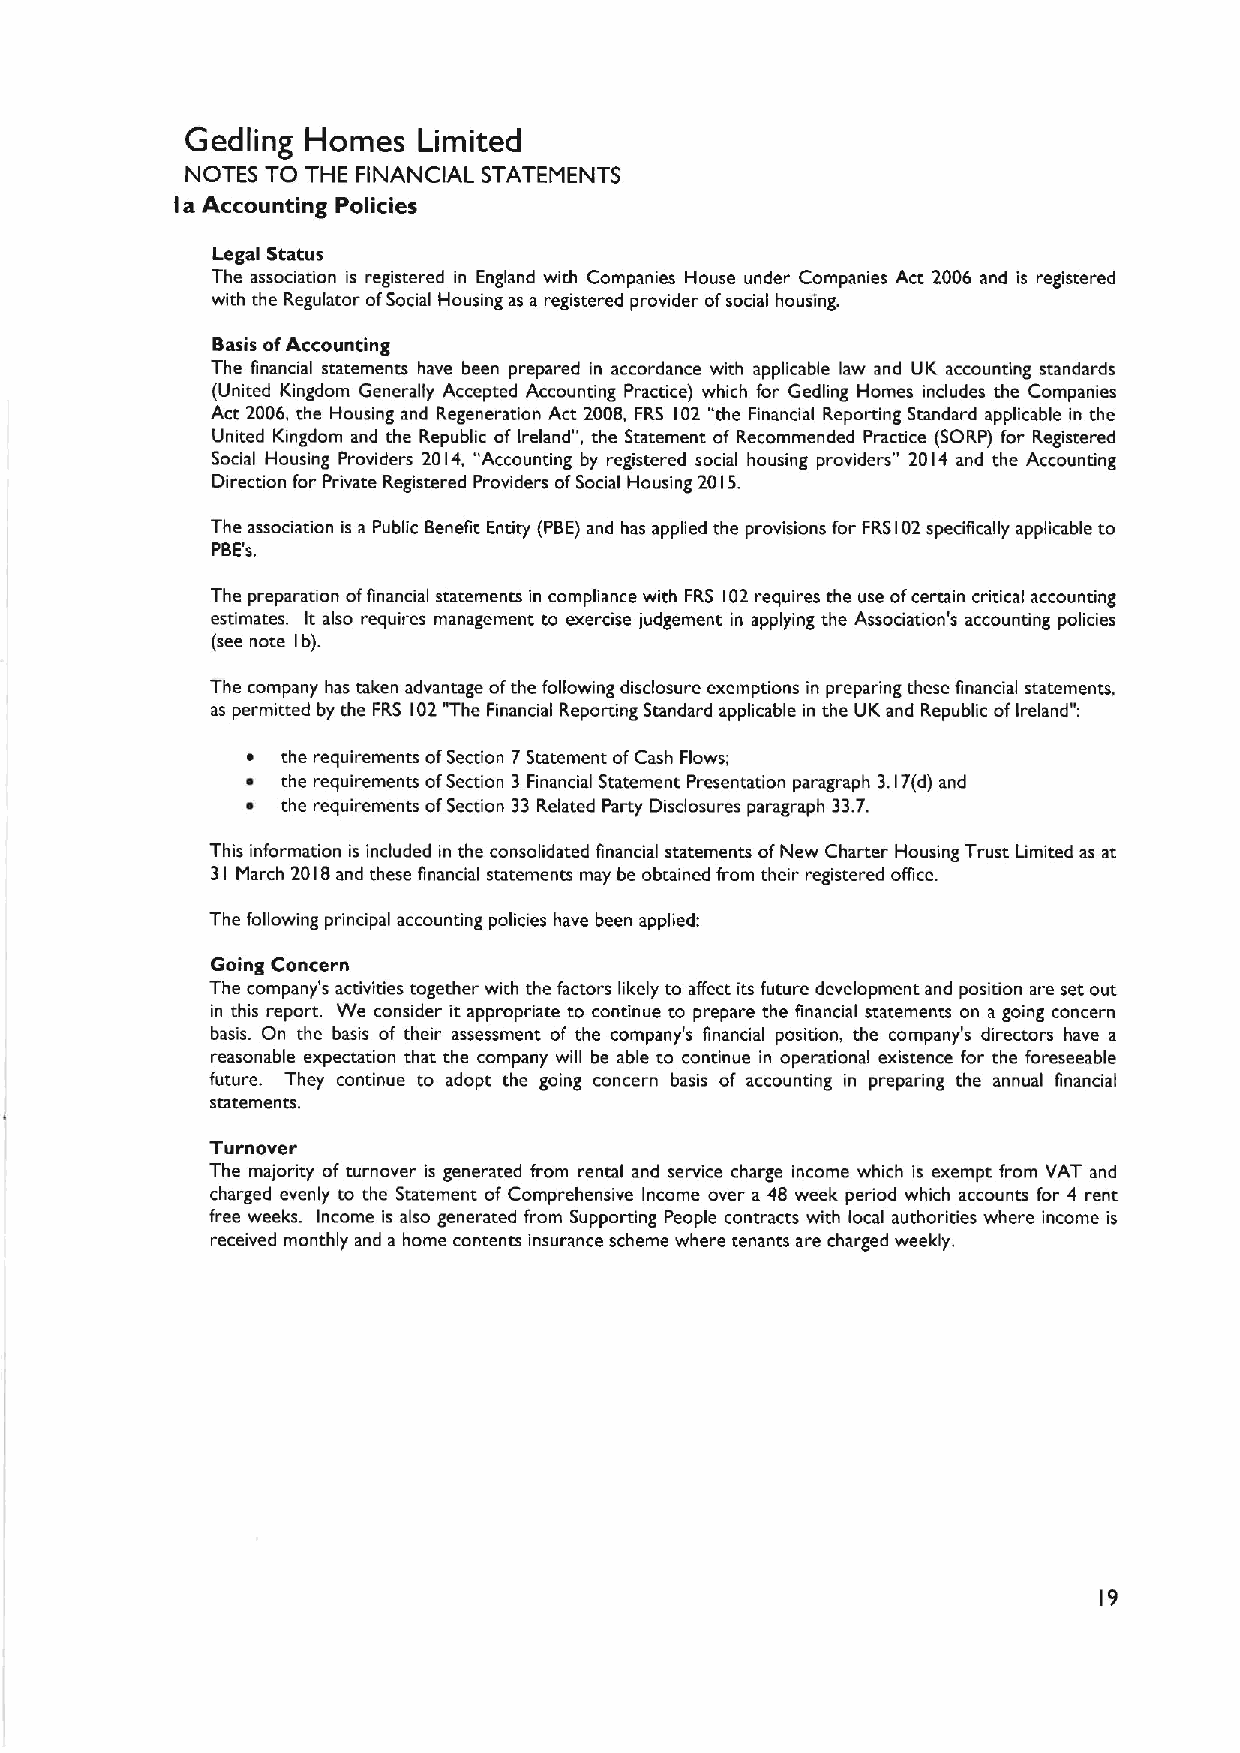
Gedling Homes   Limited
 NOTES TO THE FINANCIAL STATEMENTS
 a Accounting Policies
 I
 Legal Status
 The association is registered in England with Companies House under Companies Act 2006 and is registered
 with the Regulator ofSocial Housing as a registered provider ofsocial housing.
 Basis ofAccounting
 The financial statements have been prepared in accordance with applicable law and UK accounting standards
 (United Kingdom Generally Accepted Accounting Practice) which for Gedling Homes includes the Companies
 Act 2006, the Housing and Regeneration Act 2008, FRS 102 "the Financial Reporting Standard applicable in the
 United Kingdom and the Republic of Ireland", the Statement of Recommended Practice (SORP) for Registered
 Social Housing Providers 2014, "Accounting by registered social housing providers" 2014 and the Accounting
 Direction for Private Registered Providers ofSocial Housing 2015.
 The association is a Public Benefit Entity (PBE)and has applied the provisions for FRS I02specifically applicable to
 PBE's.
 The preparation offinancial statements in compliance with FRS 102requires the use ofcertain critical accounting
 estimates. It also requires management to exercise judgement in applying the Association's accounting policies
 (see note b).
 I
 The company has taken advantage ofthe following disclosure exemptions in preparing these financial statements,
 as permitted by the FRS 102"The Financial Reporting Standard applicable in the UK and Republic ofIreland":
 ~  the requirements ofSection 7Statement ofCash Flows;
 ~  the requirements ofSection 3 Financial Statement Presentation paragraph 3.17(d) and
 ~  the requirements ofSection 33 Related Party Disclosures paragraph 33.7.
 This information is included in the consolidated financial statements ofNew Charter Housing Trust Limited as at
 31 March 2018and these financial statements may be obtained from their registered office.
 The following principal accounting policies have been applied:
 Going Concern
 The company's activities together with the factors likely to affect its future development and position are set out.
 in this report. We consider it appropriate to continue to prepare the financial statements on a going concern
 basis. On the basis of their assessment of the company's financial position, the company's directors have a
 reasonable expectation that the company will be able to continue in operational existence for the foreseeable
 future. They continue to adopt the going concern basis of accounting in preparing the annual financial
 statements.
 Turnover
 The majority of turnover is generated from rental and service charge income which is exempt from VAT and
 charged evenly to the Statement of Comprehensive Income over a 48 week period which accounts for 4 rent
 free weeks. Income is also generated from Supporting People contracts with local authorities where income is
 received monthly and a home contents insurance scheme where tenants are charged weekly.
 19